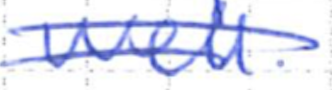
Text: well.
Cross-out: mix
Writing tool: ballpoint